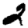
Digit: 2